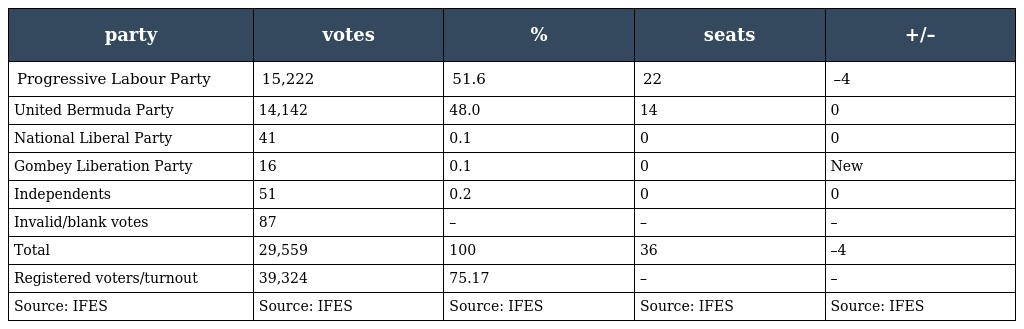
| party | votes | % | seats | +/– |
 | --- | --- | --- | --- | --- |
 | Progressive Labour Party | 15,222 | 51.6 | 22 | –4 |
 | United Bermuda Party | 14,142 | 48.0 | 14 | 0 |
 | National Liberal Party | 41 | 0.1 | 0 | 0 |
 | Gombey Liberation Party | 16 | 0.1 | 0 | New |
 | Independents | 51 | 0.2 | 0 | 0 |
 | Invalid/blank votes | 87 | – | – | – |
 | Total | 29,559 | 100 | 36 | –4 |
 | Registered voters/turnout | 39,324 | 75.17 | – | – |
 | Source: IFES | Source: IFES | Source: IFES | Source: IFES | Source: IFES |